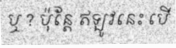
ឬ ? ប៉ុន្តែ ឥឡូវនេះ បើ